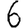
Digit: 6